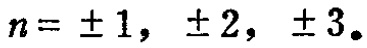
$n = \pm 1, \pm 2, \pm 3.$